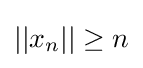
||x_{n}||\geq n